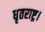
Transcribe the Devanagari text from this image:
धृतराष्ट्र।